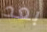
بعد